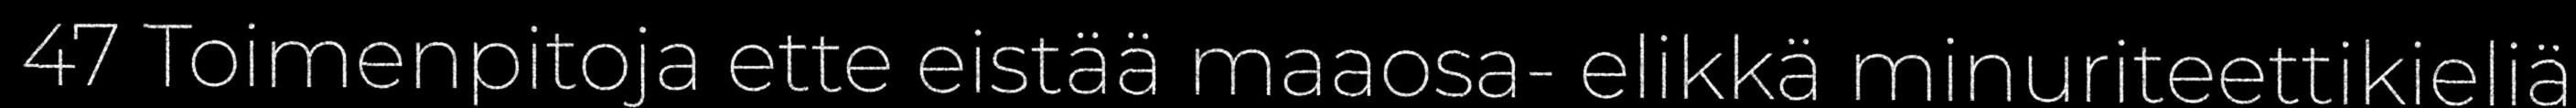
47 Toimenpitoja ette eistää maaosa- elikkä minuriteettikieliä